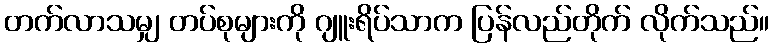
တက်လာသမျှ တပ်စုများကို ဂျူးရိပ်သာက ပြန်လည်တိုက် လိုက်သည်။